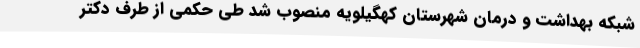
شبکه بهداشت و درمان شهرستان کهگیلویه منصوب شد طی حکمی از طرف دکتر